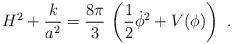
LaTeX: \begin{align*}H^2 + \frac{k}{a^2} = \frac{8\pi}{3}\, \left(\frac{1}{2}\dot\phi^2 + V(\phi)\right) \ .\end{align*}